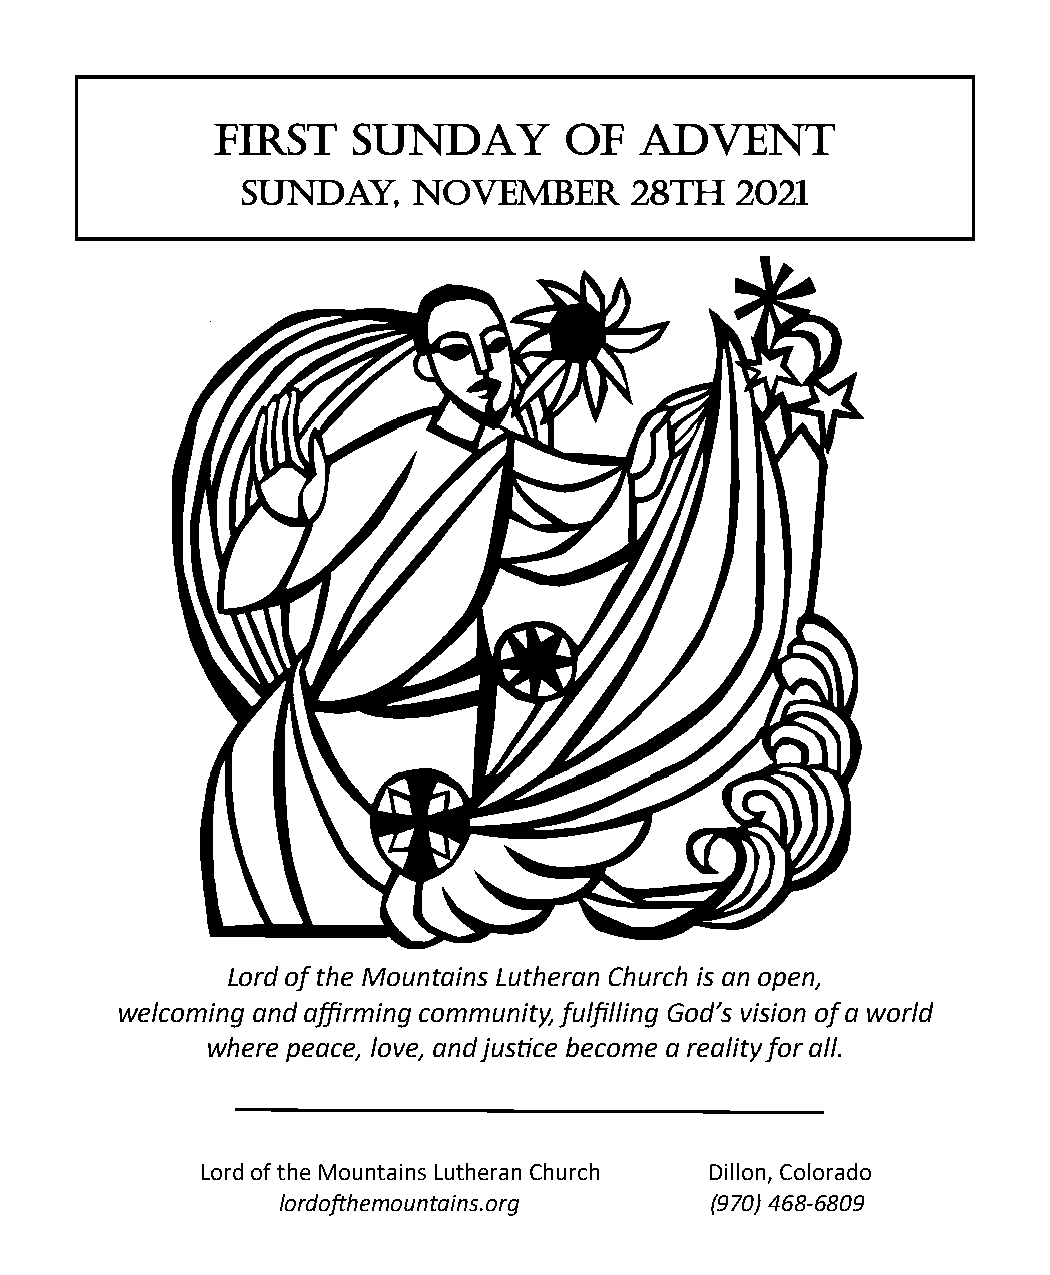
FIRST    SUNDAY        OF   ADVENT
 Sunday,    November       28th   2021
 Lord of the Mountains Lutheran Church is an open,
 welcoming and affirming community, fulfilling God’s vision of a world
 where peace, love, and justice become a reality for all.
 Lord of the Mountains Lutheran Church Dillon, Colorado
 lordofthemountains.org       (970) 468-6809 Page 1